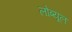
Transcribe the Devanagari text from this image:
लोब्यूल